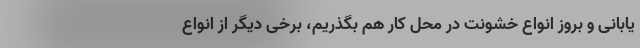
یابانی و بروز انواع خشونت در محل کار هم بگذریم، برخی دیگر از انواع